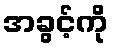
အခွင့်ကို